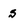
Character: s